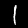
Digit: 1